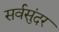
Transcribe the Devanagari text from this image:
सर्वसुंदर